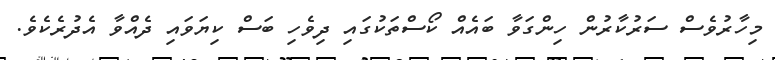
މިހާރުވެސް ސަރުކާރުން ހިންގަވާ ބައެއް ކޯސްތަކުގައި ދިވެހި ބަސް ކިޔަވައި ދެއްވާ އެދުރެކެވެ.